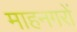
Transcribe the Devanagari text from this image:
माहनगरों